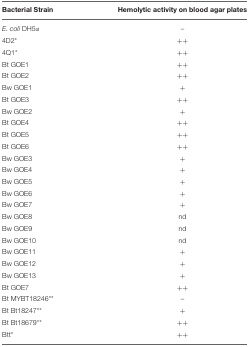
| Bacterial Strain | Hemolytic activity on blood agar plates |
 | --- | --- |
 | E. coli DH5α | – |
 | 4D2* | ++ |
 | 4Q1* | ++ |
 | Bt GOE1 | ++ |
 | Bt GOE2 | ++ |
 | Bw GOE1 | + |
 | Bt GOE3 | ++ |
 | Bw GOE2 | + |
 | Bt GOE4 | ++ |
 | Bt GOE5 | ++ |
 | Bt GOE6 | ++ |
 | Bw GOE3 | + |
 | Bw GOE4 | + |
 | Bw GOE5 | + |
 | Bw GOE6 | + |
 | Bw GOE7 | + |
 | Bw GOE8 | nd |
 | Bw GOE9 | nd |
 | Bw GOE10 | nd |
 | Bw GOE11 | + |
 | Bw GOE12 | + |
 | Bw GOE13 | + |
 | Bt GOE7 | ++ |
 | Bt MYBT18246** | – |
 | Bt Bt18247** | + |
 | Bt Bt18679** | ++ |
 | Btt* | ++ |